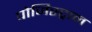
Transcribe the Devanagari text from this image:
पोजिस्ट्रान